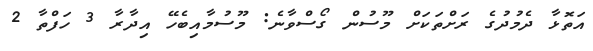
އަތޮޅާ ދެމުދުގެ ރަށްތަކަށް މޫސުން ގޯސްވާނެ: މޫސުމާއިބެހޭ އިދާރާ 3 ހަފްތާ 2